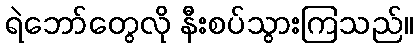
ရဲဘော်တွေလို နီးစပ်သွားကြသည်။